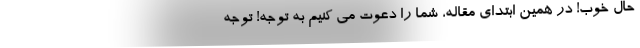
حال خوب! در همین ابتدای مقاله، شما را دعوت می­ کنیم به توجه! توجه